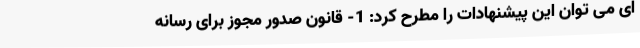
ای می توان این پیشنهادات را مطرح کرد: 1- قانون صدور مجوز برای رسانه